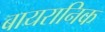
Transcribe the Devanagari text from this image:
बायरानिक